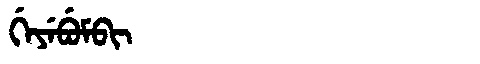
Manchu: ᡤᡝᠶᡝᠪᡠᠮᠪᡳ
Romanization: GEYEBUMBI